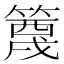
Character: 𬕭